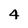
Character: 4